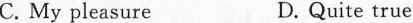
C. My pleasure D.Quite true